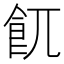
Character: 𩚌